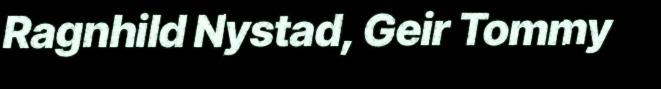
Ragnhild Nystad, Geir Tommy